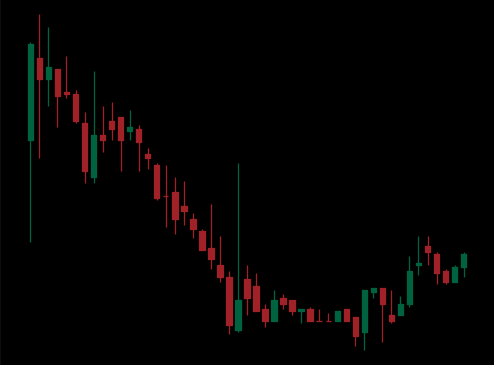
Pattern: bull_flag